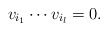
\begin{align*}v_{i_1}\cdots v_{i_l}=0.\end{align*}